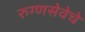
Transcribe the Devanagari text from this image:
रुग्णसेवेचे